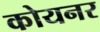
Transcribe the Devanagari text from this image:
कोयनर